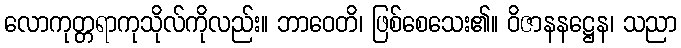
လောကုတ္တရာကုသိုလ်ကိုလည်း။ ဘာဝေတိ၊ ဖြစ်စေသေး၏။ ဝိဇာနနဋ္ဌေန၊ သညာ